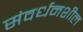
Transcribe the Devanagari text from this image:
संवर्धनशील